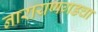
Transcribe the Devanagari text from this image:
नारायणगडचा